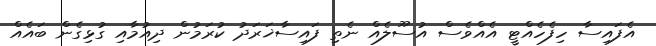
އެފައިސާ ހިފެހެއްޓީ އެއްވެސް އުސޫލެއް ނެތި ފައިސާޚަރަދު ކުރަމުން ދިއުމާއި ގުޅިގެން ބައެއް